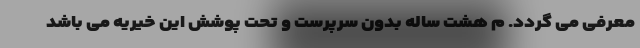
معرفی می گردد. م هشت ساله بدون سرپرست و تحت پوشش این خیریه می باشد